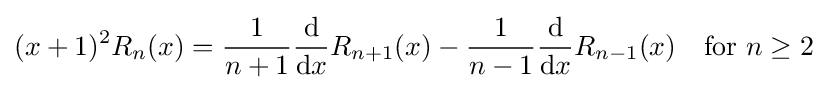
(x+1)^{2}R_{n}(x)={\frac {1}{n+1}}{\frac {\mathrm {d} }{\mathrm {d} x}}R_{n+1}(x)-{\frac {1}{n-1}}{\frac {\mathrm {d} }{\mathrm {d} x}}R_{n-1}(x)\quad {\text{for }}n\geq 2